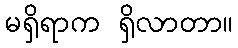
မရှိရာက ရှိလာတာ။